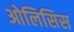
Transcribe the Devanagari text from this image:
ओलिसिस